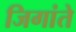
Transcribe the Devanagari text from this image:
जिगांते